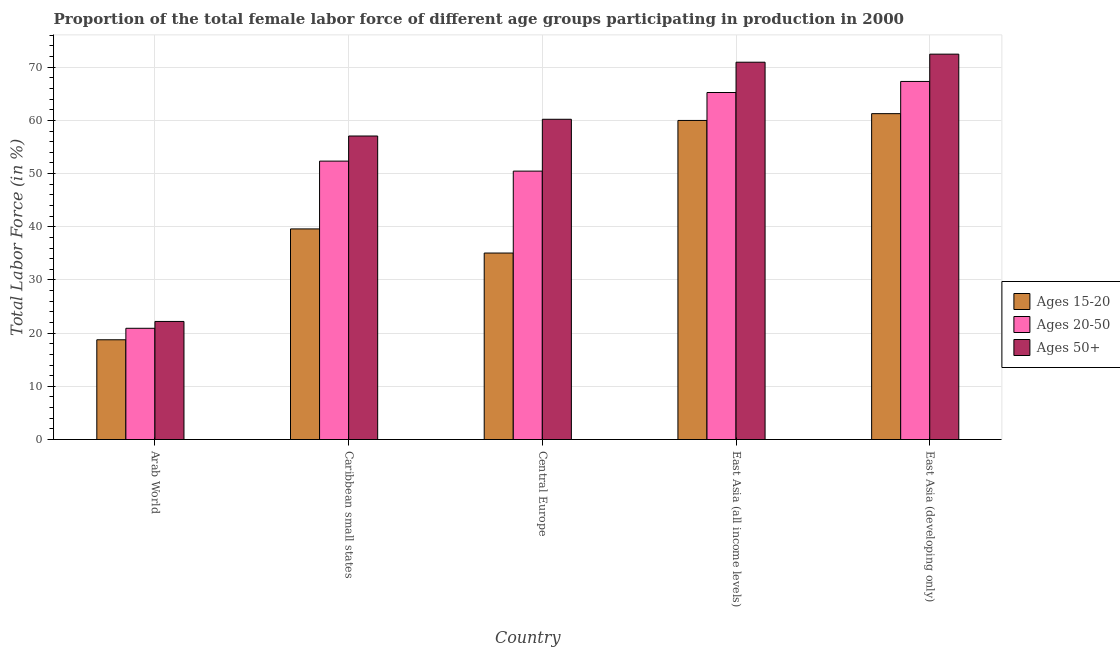
| Country | Ages 15-20 | Ages 20-50 | Ages 50+ |
 | --- | --- | --- | --- |
 | Arab World | 18.8 | 20.9 | 22.2 |
 | Caribbean small states | 39.6 | 52.3 | 57.1 |
 | Central Europe | 35.1 | 50.5 | 60.2 |
 | East Asia (all income levels) | 60 | 65.2 | 70.9 |
 | East Asia (developing only) | 61.3 | 67.3 | 72.5 |